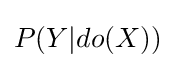
P(Y|do(X))